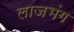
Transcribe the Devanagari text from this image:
लाजभंग